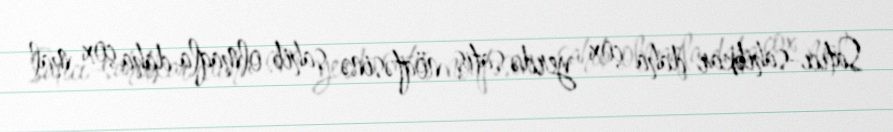
Satıcı-sahibkar daha çox yerdə satış nöqtəsinə sahib olmaqla daha çox mal